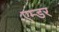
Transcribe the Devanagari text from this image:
एम्डर